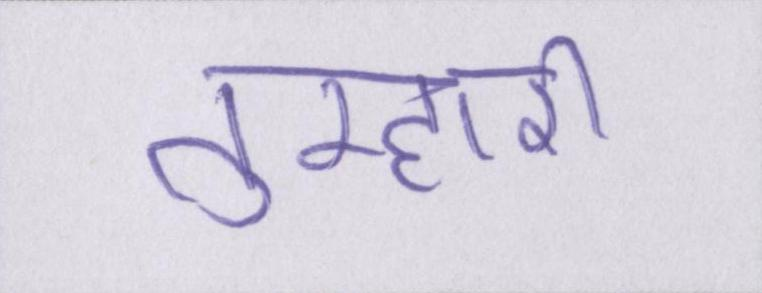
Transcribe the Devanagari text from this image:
तुम्हारी